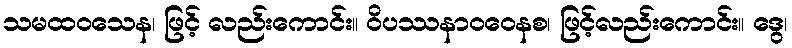
သမထဝသေန၊ ဖြင့် လည်းကောင်း။ ဝိပဿနာဝဝေနစ၊ ဖြင့်လည်းကောင်း။ ဒွေ၊